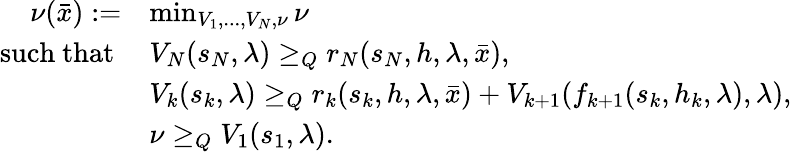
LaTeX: \begin{array}{rl}{\nu(\bar{x}):=}&{\operatorname*{min}_{V_{1},...,V_{N},\nu}\nu}\\ {\mathrm{such~that~}}&{V_{N}(s_{N},\lambda)\geq_{Q}r_{N}(s_{N},h,\lambda,\bar{x}),}\\ &{V_{k}(s_{k},\lambda)\geq_{Q}r_{k}(s_{k},h,\lambda,\bar{x})+V_{k+1}(f_{k+1}(s_{k},h_{k},\lambda),\lambda),}\\ &{\nu\geq_{Q}V_{1}(s_{1},\lambda).}\end{array}